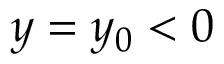
y = y _ { 0 } < 0